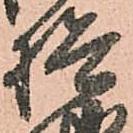
検